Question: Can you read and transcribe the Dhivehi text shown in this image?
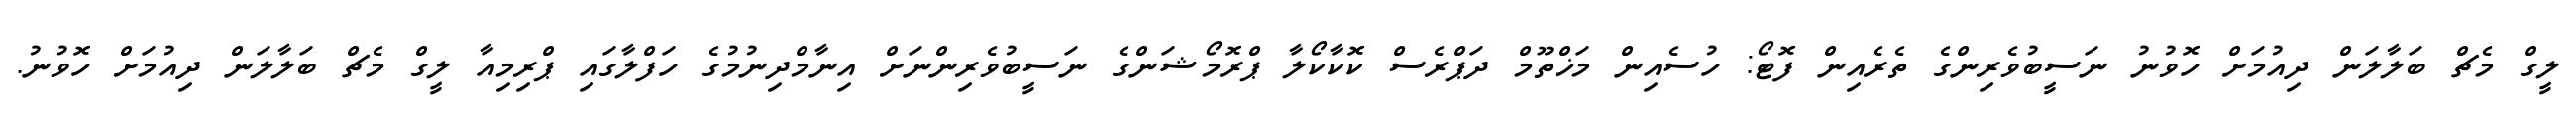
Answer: ލީގް މެޗް ބަލާލަން ދިއުމަށް ހޮވުނު ނަސީބުވެރިންގެ ތެރެއިން ފޮޓޯ: ހުސެއިން މަޚްތޫމް ދަޕްރެސް ކޮކާކޯލާ ޕްރޮމޯޝަންގެ ނަސީބުވެރިންނަށް އިނާމްދިނުމުގެ ހަފްލާގައި ޕްރިމިއާ ލީގް މެޗް ބަލާލަން ދިއުމަށް ހޮވުނު.